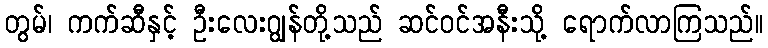
တွမ်၊ ကက်ဆီနှင့် ဦးလေးဂျွန်တို့သည် ဆင်ဝင်အနီးသို့ ရောက်လာကြသည်။